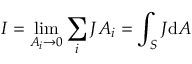
I = \operatorname* { l i m } _ { A _ { i } \rightarrow 0 } \sum _ { i } J A _ { i } = \int _ { S } J { \mathrm { d } A } \,